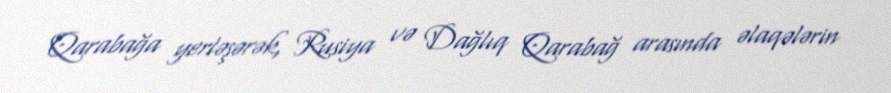
Qarabağa yerləşərək, Rusiya və Dağlıq Qarabağ arasında əlaqələrin